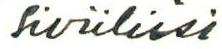
Siviiliisi